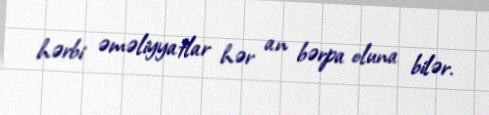
hərbi əməliyyatlar hər an bərpa oluna bilər.